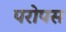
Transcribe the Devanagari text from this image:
परोपस